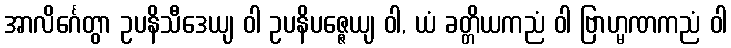
အာလိင်္ဂေတွာ ဥပနိသီဒေယျ ဝါ ဥပနိပဇ္ဇေယျ ဝါ, ယံ ခတ္တိယကညံ ဝါ ဗြာဟ္မဏကညံ ဝါ